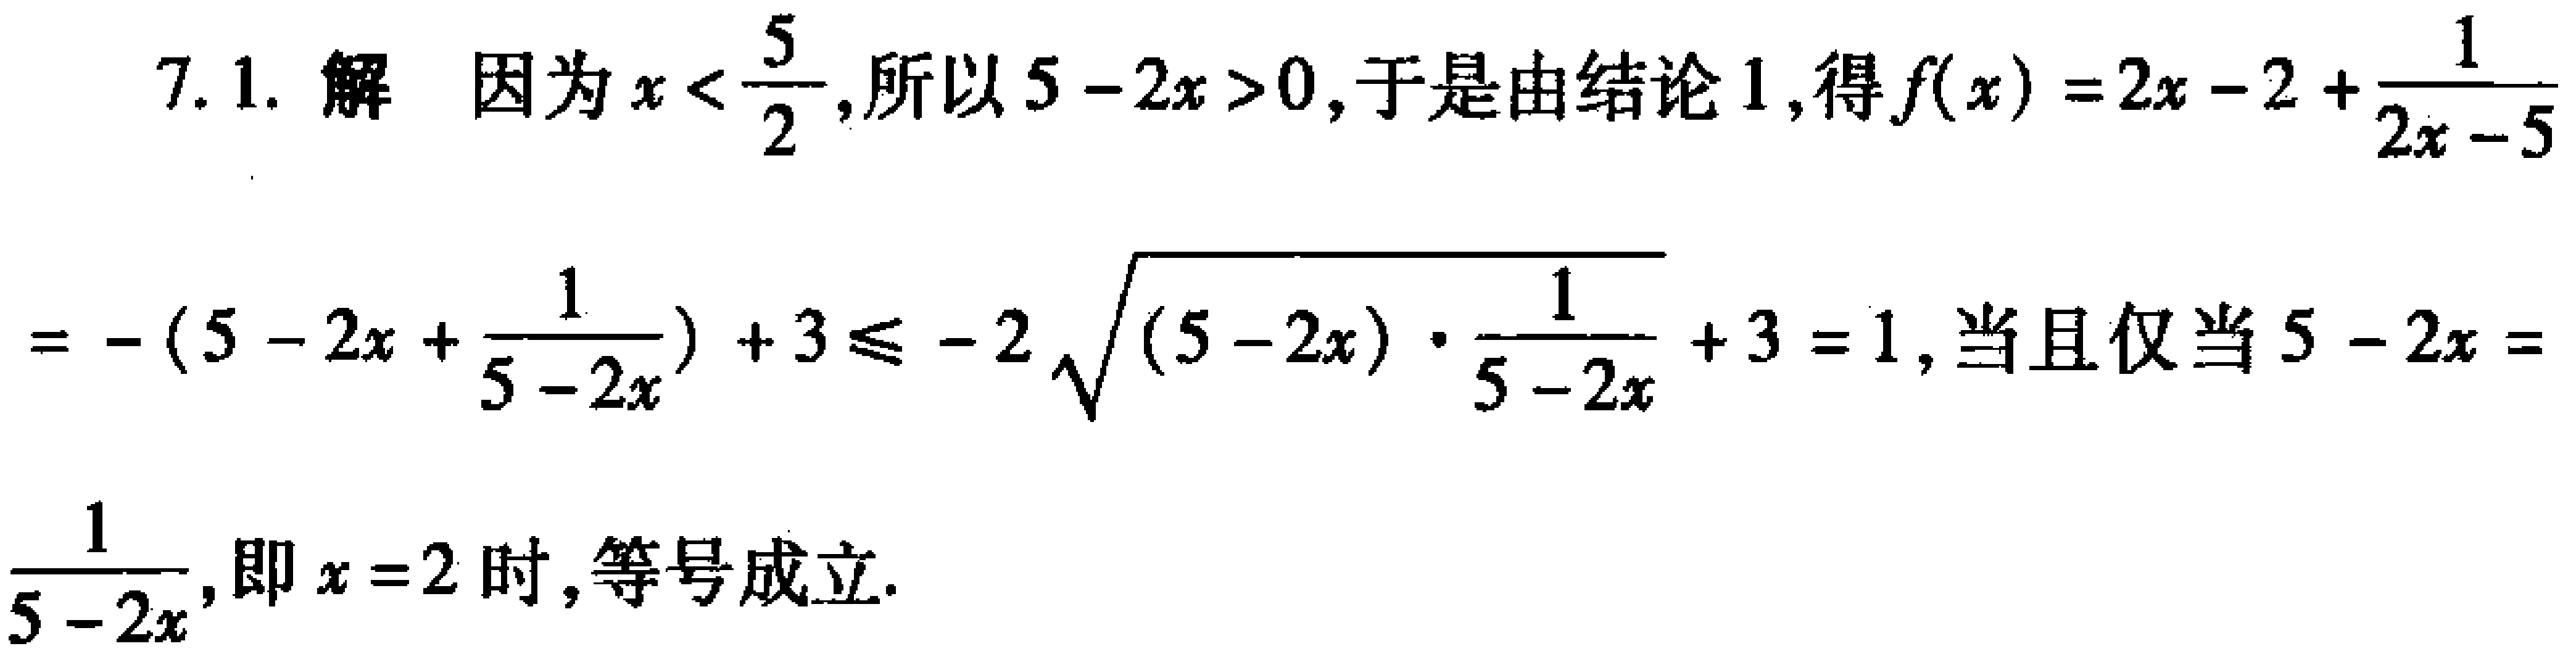
7.1. 解 因为\(x < \frac{5}{2}\)，所以\(5 - 2x > 0\)，于是由结论1，得\(f(x)=2x - 2+\frac{1}{2x - 5}\)

\(=-(5 - 2x+\frac{1}{5 - 2x}) + 3\leqslant - 2\sqrt{(5 - 2x)\cdot\frac{1}{5 - 2x}}+ 3 = 1\)，当且仅当\(5 - 2x =\)

\(\frac{1}{5 - 2x}\)，即\(x = 2\)时，等号成立.